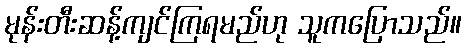
မုန်းတီးဆန့်ကျင်ကြရမည်ဟု သူကပြောသည်။